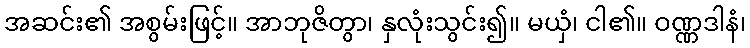
အဆင်း၏ အစွမ်းဖြင့်။ အာဘုဇိတွာ၊ နှလုံးသွင်း၍။ မယှံ၊ ငါ၏။ ဝဏ္ဏဒါနံ၊